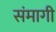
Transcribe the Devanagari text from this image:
संमागी